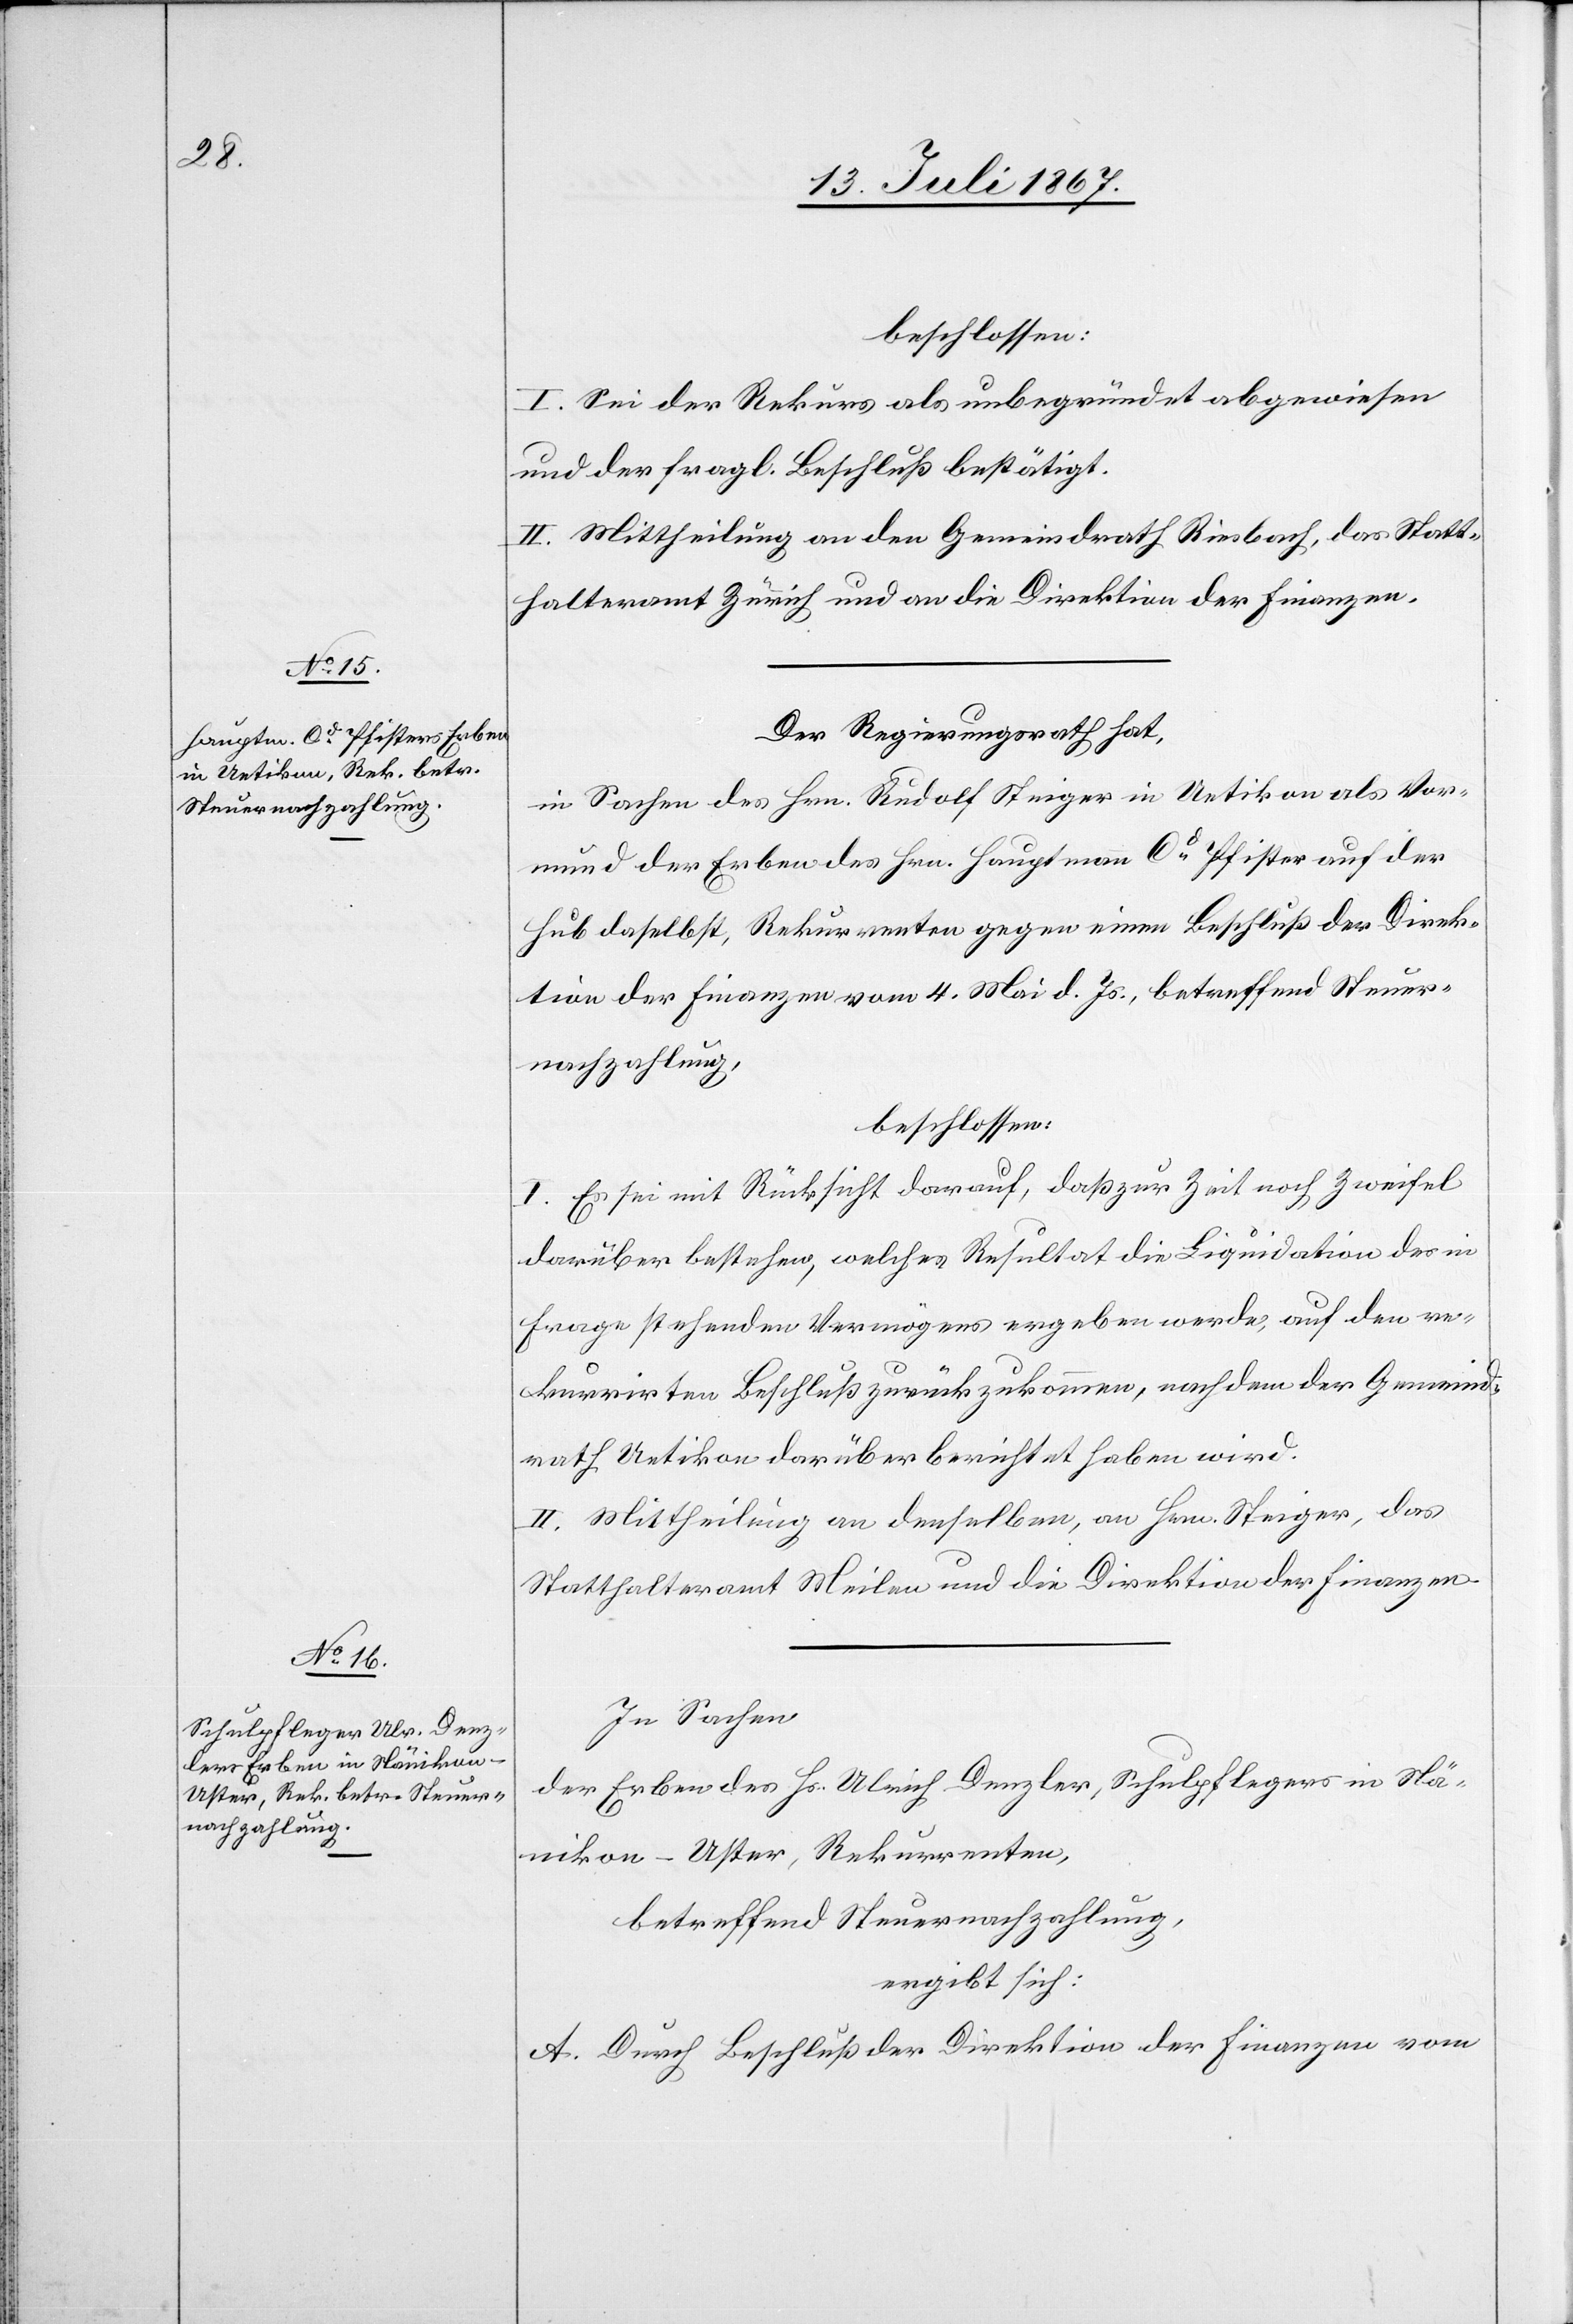
beschlossen:
I. Sei der Rekurs als unbegründet abgewiesen
und der fragl. Beschluß bestätigt.
II. Mittheilung an den Gemeindrath Riesbach, das Statt¬
halteramt Zürich und an die Direktion der Finanzen.
Der Regierungsrath hat,
in Sachen des Hrn. Rudolf Steiger in Uetikon als Vor¬
mund der Erben des Hrn. Hauptmann Cd. Pfister auf der
Hub daselbst, Rekurrenten gegen einen Beschluß der Direk¬
tion der Finanzen vom 4. Mai d. Js., betreffend Steuer¬
nachzahlung,
beschlossen:
I. Es sei mit Rücksicht darauf, daß zur Zeit noch Zweifel
darüber bestehen, welches Resultat die Liquidation des in
Frage stehenden Vermögens ergeben werde, auf den re¬
kurrirten Beschluß zurückzukommen, nachdem der Gemeind¬
rath Uetikon darüber berichtet haben wird.
II. Mittheilung an denselben, an Hrn. Steiger, das
Statthalteramt Meilen und die Direktion der Finanzen.
In Sachen
der Erben des Hs. Ulrich Denzler, Schulpfleger in Nä¬
nikon-Uster, Rekurrenten,
betreffend Steuernachzahlung,
ergibt sich:
A. Durch Beschluß der Direktion der Finanzen vom